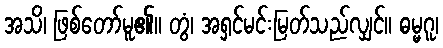
အသိ၊ ဖြစ်တော်မူ၏။ တွံ၊ အရှင်မင်းမြတ်သည်လျှင်။ ဓမ္မဂူ၊